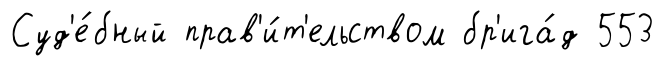
Суд'е́бный прав'и́т'ельством бр'ига́д 553